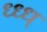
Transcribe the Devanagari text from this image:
ध्ध्ध्